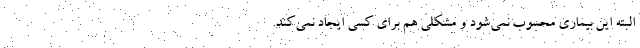
البته این بیماری محسوب نمی‌شود و مشکلی هم برای کسی ایجاد نمی‌کند.